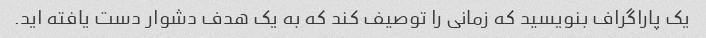
یک پاراگراف بنویسید که زمانی را توصیف کند که به یک هدف دشوار دست یافته اید.